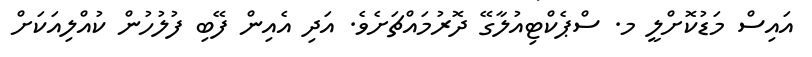
އައިސް މަޑުކޮށްލީ މ. ސްޕެކްޓިއުލާގޭ ދޮރުމައްޗަށެވެ. އަދި އެއިން ފޭބި ފުލުހުން ކުއްލިއަކަށް